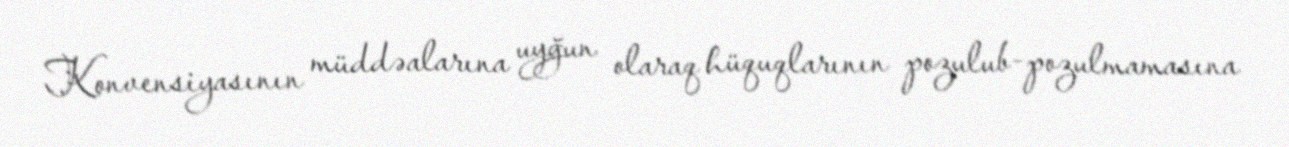
Konvensiyasının müddəalarına uyğun olaraq hüquqlarının pozulub-pozulmamasına